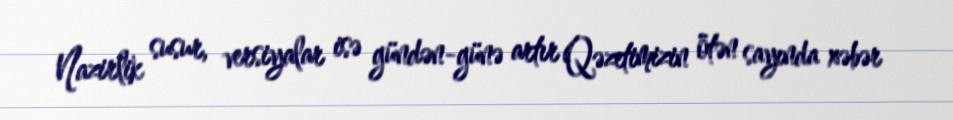
Nazirlik susur, versiyalar isə gündən-günə artır Qəzetimizin ötən sayında xəbər